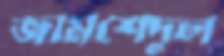
জামশেদুল